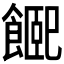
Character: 𩝮